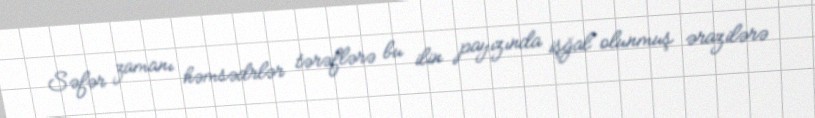
Səfər zamanı həmsədrlər tərəflərə bu ilin payızında işğal olunmuş ərazilərə